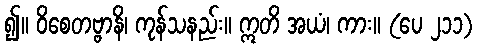
၍။ ဝိစေတဗ္ဗာနိ၊ ကုန်သနည်း။ ဣတိ အယံ၊ ကား။ (ပေ ၂၁၁)